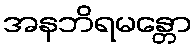
အနဘိရမန္တော